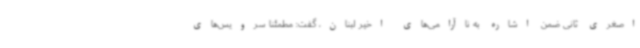
اصغری ثانی ضمن اشاره به ناآرامی‌های اخیر لبنان، گفت: مطمئنا سرویس‌های